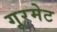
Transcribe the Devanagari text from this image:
गूरमेट